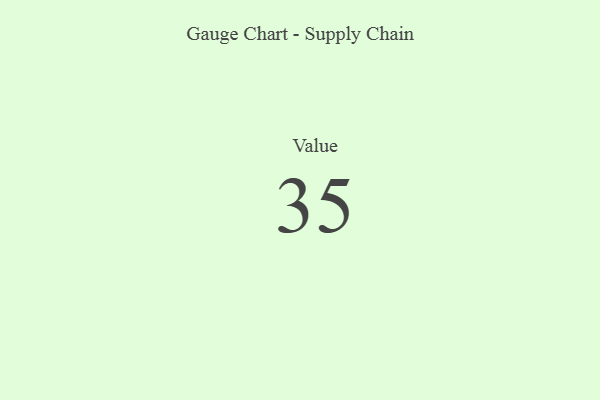
{"axis": {"x": "Metric", "y": "Value"}, "legend": [""], "data": [{"x": "Value", "y": 35, "type": ""}]}